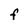
Character: F